Civil Veterinary Dept. Assam report 1927-50 - 1927-1950
Year: 1927
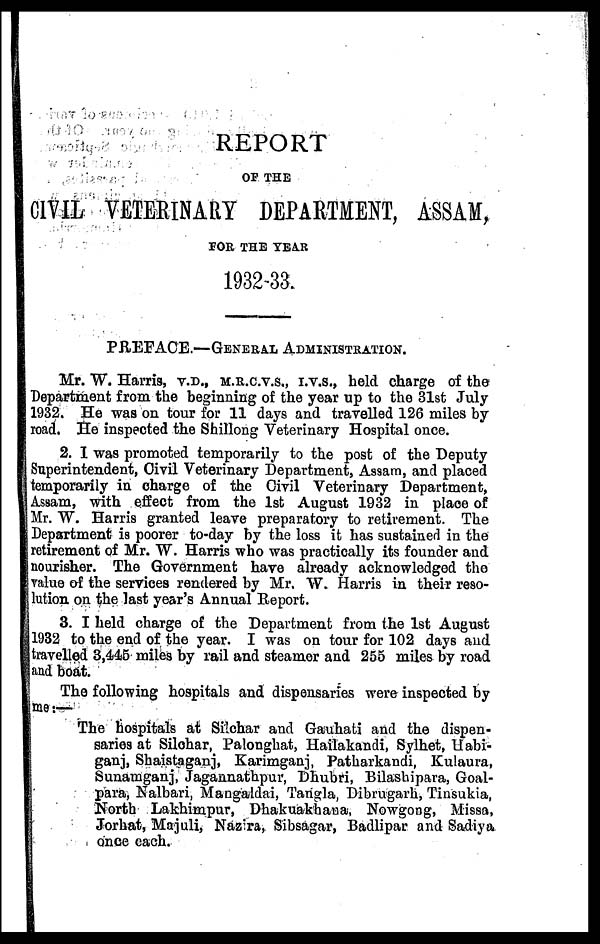
REPORT
OF THE
CIVIL VETERINARY DEPARTMENT, ASSAM,
FOR THE YEAR
1932-33.
PREFACE.—GENERAL ADMINISTRATION.
Mr. W. Harris, V.D., M.R.C.V.S., I.V.S., held charge of the
Department from the beginning of the year up to the 31st July
1932. He was on tour for 11 days and travelled 126 miles by
road. He inspected the Shillong Veterinary Hospital once.
2. 1 was promoted temporarily to the post of the Deputy
Superintendent, Civil Veterinary Department, Assam, and placed
temporarily in charge of the Civil Veterinary Department,
Assam, with effect from the 1st August 1932 in place of
Mr. W. Harris granted leave preparatory to retirement. The
Department is poorer to-day by the loss it has sustained in the
retirement of Mr. W. Harris who was practically its founder and
nourisher. The Government have already acknowledged the
value of the services rendered by Mr. W. Harris in their reso-
lution on the last year's Annual Report.
3. I held charge of the Department from the 1st August
1932 to the end of the year. I was on tour for 102 days and
travelled 3,445 miles by rail and steamer and 255 miles by road
and boat.
The following hospitals and dispensaries were inspected by
me:—
The hospitals at Silchar and Gauhati and the dispen-
saries at Silchar, Palonghat, Hailakandi, Sylhet, Habi-
ganj, Shaistaganj, Karimganj, Patharkandi, Kulaura,
Sunamganj, Jagannathpur, Dhubri, Bilashipara, Goal-
para, Nalbari, Mangaldai, Tangla, Dibrugarh, Tinsukia,
North Lakhimpur, Dhakuakhana, Nowgong, Missa,
Jorhat, Majuli, Nazira, Sibsagar, Badlipar and Sadiya
once each.